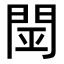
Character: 𨴇